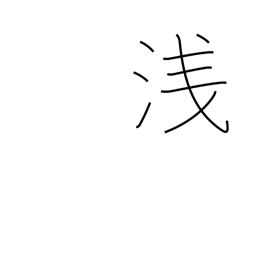
Meaning: shameful